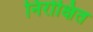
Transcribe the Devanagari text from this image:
निरोक्षित